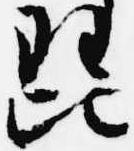
琵